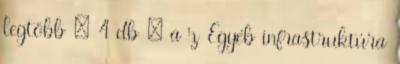
legtöbb – 4 db – a z Egyéb infrastruktúra